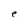
Character: e